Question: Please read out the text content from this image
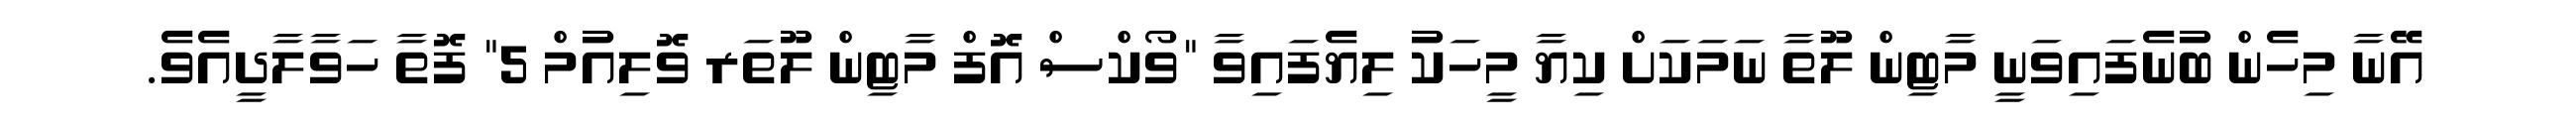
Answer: އޭނާ މިހެން ބުނެފައިވަނީ މާޓިން ލޫތާ ނަމަކަށް ކިޔާ މީހަކު ލިޔެފައިވާ "ވޯކްސް އޮފް މާޓިން ލޫތަރ ވޮލިއުމް 5" ފޮތާ ހަވާލާދީއެވެ.